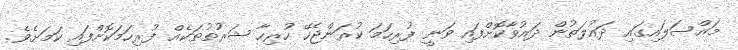
މައްސަލައިގައި ދައުލަތުން ދައުވާކޮށްފައި ވަނީ ފުރިހަމަ ކުރަންޖެހޭ ހުރިހާ ޝަރުތުތަކެއް ފުރިހަމަކޮށްފައި ކަމަށެވެ.